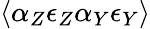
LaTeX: \langle\alpha_{Z}\epsilon_{Z}\alpha_{Y}\epsilon_{Y}\rangle